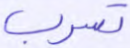
تسرب